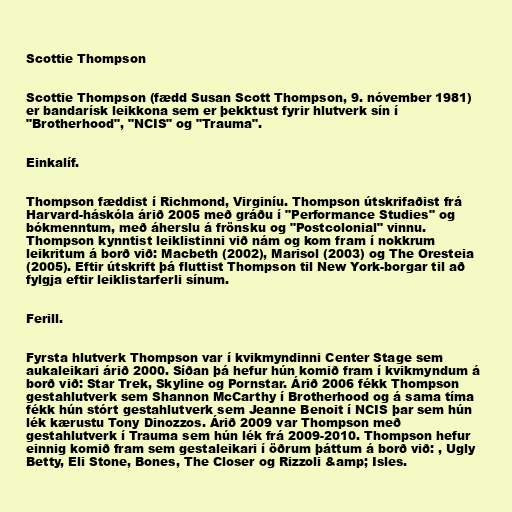
Scottie Thompson

Scottie Thompson (fædd Susan Scott Thompson, 9. nóvember 1981)
er bandarísk leikkona sem er þekktust fyrir hlutverk sín í
"Brotherhood", "NCIS" og "Trauma".

Einkalíf.

Thompson fæddist í Richmond, Virginíu. Thompson útskrifaðist frá
Harvard-háskóla árið 2005 með gráðu í "Performance Studies" og
bókmenntum, með áherslu á frönsku og "Postcolonial" vinnu.
Thompson kynntist leiklistinni við nám og kom fram í nokkrum
leikritum á borð við: Macbeth (2002), Marisol (2003) og The Oresteia
(2005). Eftir útskrift þá fluttist Thompson til New York-borgar til að
fylgja eftir leiklistarferli sínum.

Ferill.

Fyrsta hlutverk Thompson var í kvikmyndinni Center Stage sem
aukaleikari árið 2000. Síðan þá hefur hún komið fram í kvikmyndum á
borð við: Star Trek, Skyline og Pornstar. Árið 2006 fékk Thompson
gestahlutverk sem Shannon McCarthy í Brotherhood og á sama tíma
fékk hún stórt gestahlutverk sem Jeanne Benoit í NCIS þar sem hún
lék kærustu Tony Dinozzos. Árið 2009 var Thompson með
gestahlutverk í Trauma sem hún lék frá 2009-2010. Thompson hefur
einnig komið fram sem gestaleikari í öðrum þáttum á borð við: , Ugly
Betty, Eli Stone, Bones, The Closer og Rizzoli &amp; Isles.